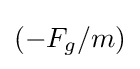
{\textstyle (-F_{g}/m)}